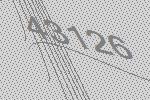
43126